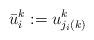
LaTeX: \begin{align*}{}\bar{u}_i^k:=u^k_{j_i(k)}\end{align*}